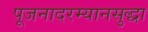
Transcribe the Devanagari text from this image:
पूजनादरम्यानसुद्धा